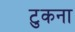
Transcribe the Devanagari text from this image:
टुकना